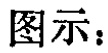
图示：